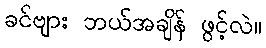
ခင်ဗျား ဘယ်အချိန် ဖွင့်လဲ။